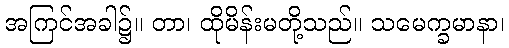
အကြင်အခါ၌။ တာ၊ ထိုမိန်းမတို့သည်။ သမေက္ခမာနာ၊